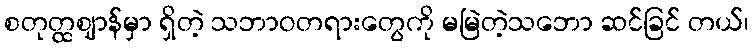
စတုတ္ထဈာန်မှာ ရှိတဲ့ သဘာဝတရားတွေကို မမြဲတဲ့သဘော ဆင်ခြင် တယ်၊